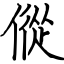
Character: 傱